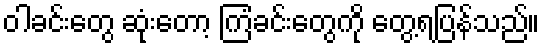
ဝါခင်းတွေ ဆုံးတော့ ကြံခင်းတွေကို တွေ့ရပြန်သည်။